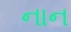
નાન